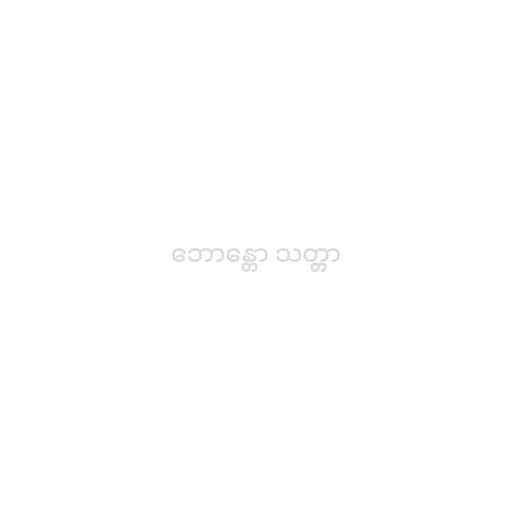
ဘောန္တော သတ္တာ